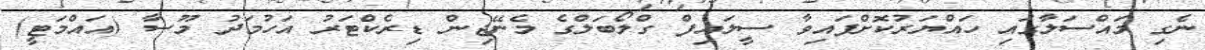
ނެގި މައްސަލާގައި ހައްޔަރުކޮށްފައިވާ ސީލައިފް ގްލޯބަލްގެ މެނޭޖިން ޑިރެކްޓަރު އަހުމަދު މޫސާ (އައްމަޓީ)